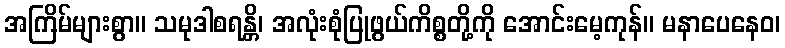
အကြိမ်များစွာ။ သမုဒါစရန္တိ၊ အလုံးစုံပြုဖွယ်ကိစ္စတို့ကို အောင်းမေ့ကုန်။ မနာပေနေဝ၊